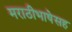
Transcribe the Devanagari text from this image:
मराठीभाषेसह